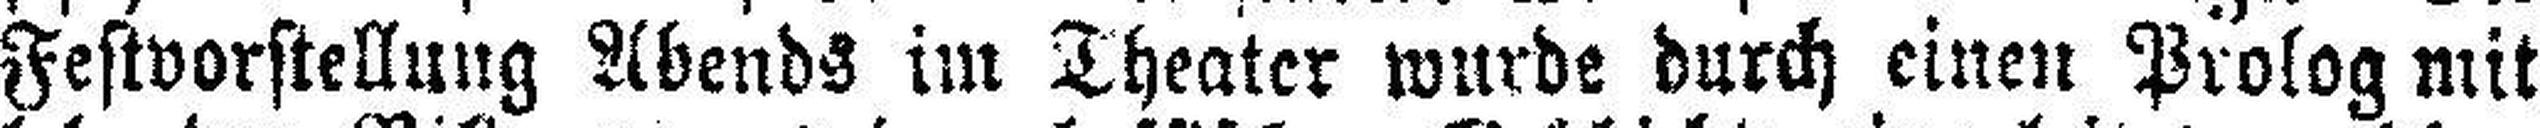
Festvorstellung Abends im Theater wurde durch einen Prolog mit